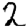
Digit: 2